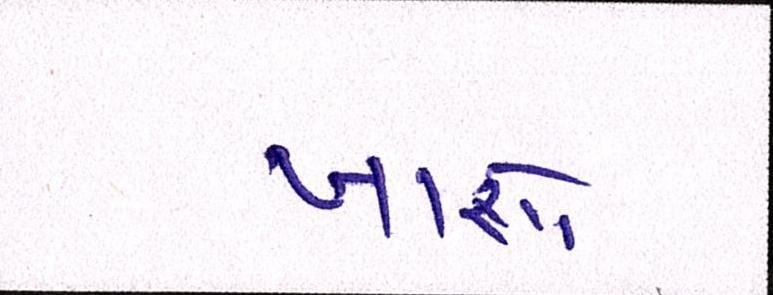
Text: ખાશો